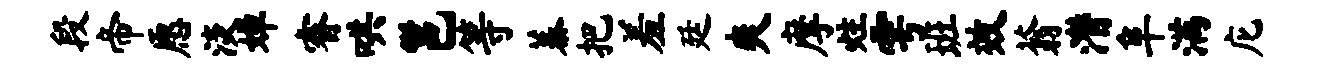
段帝愿淡婵睿哄邕等蓁把羞廷爽摩炷雩班效蓊潜阜满庀